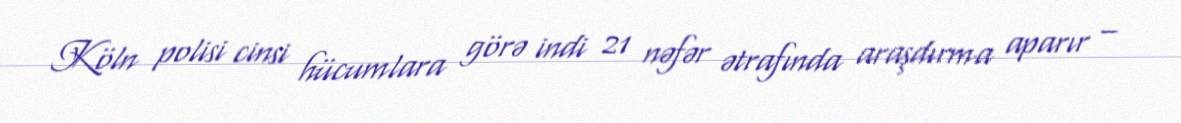
Köln polisi cinsi hücumlara görə indi 21 nəfər ətrafında araşdırma aparır –